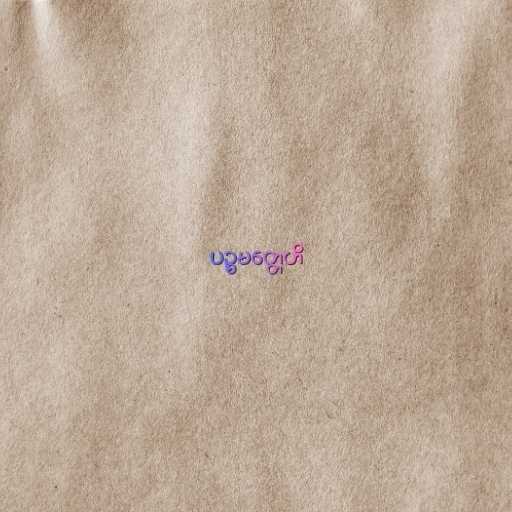
ပဉ္စမတ္တေဟိ